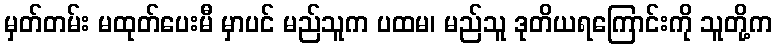
မှတ်တမ်း မထုတ်ပေးမီ မှာပင် မည်သူက ပထမ၊ မည်သူ ဒုတိယရကြောင်းကို သူတို့က